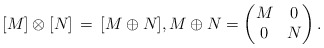
\begin{align*}[M]\otimes [N] \,=\, [M\oplus N], M\oplus N = \begin{pmatrix}M&0 \\ 0&N\end{pmatrix}. \end{align*}